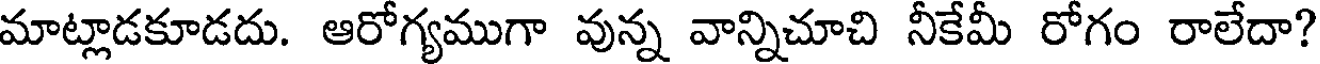
మాట్లాడకూడదు. ఆరోగ్యముగా వున్న వాన్నిచూచి నీకేమీ రోగం రాలేదా?